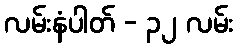
လမ်းနံပါတ် - ၃၂ လမ်း